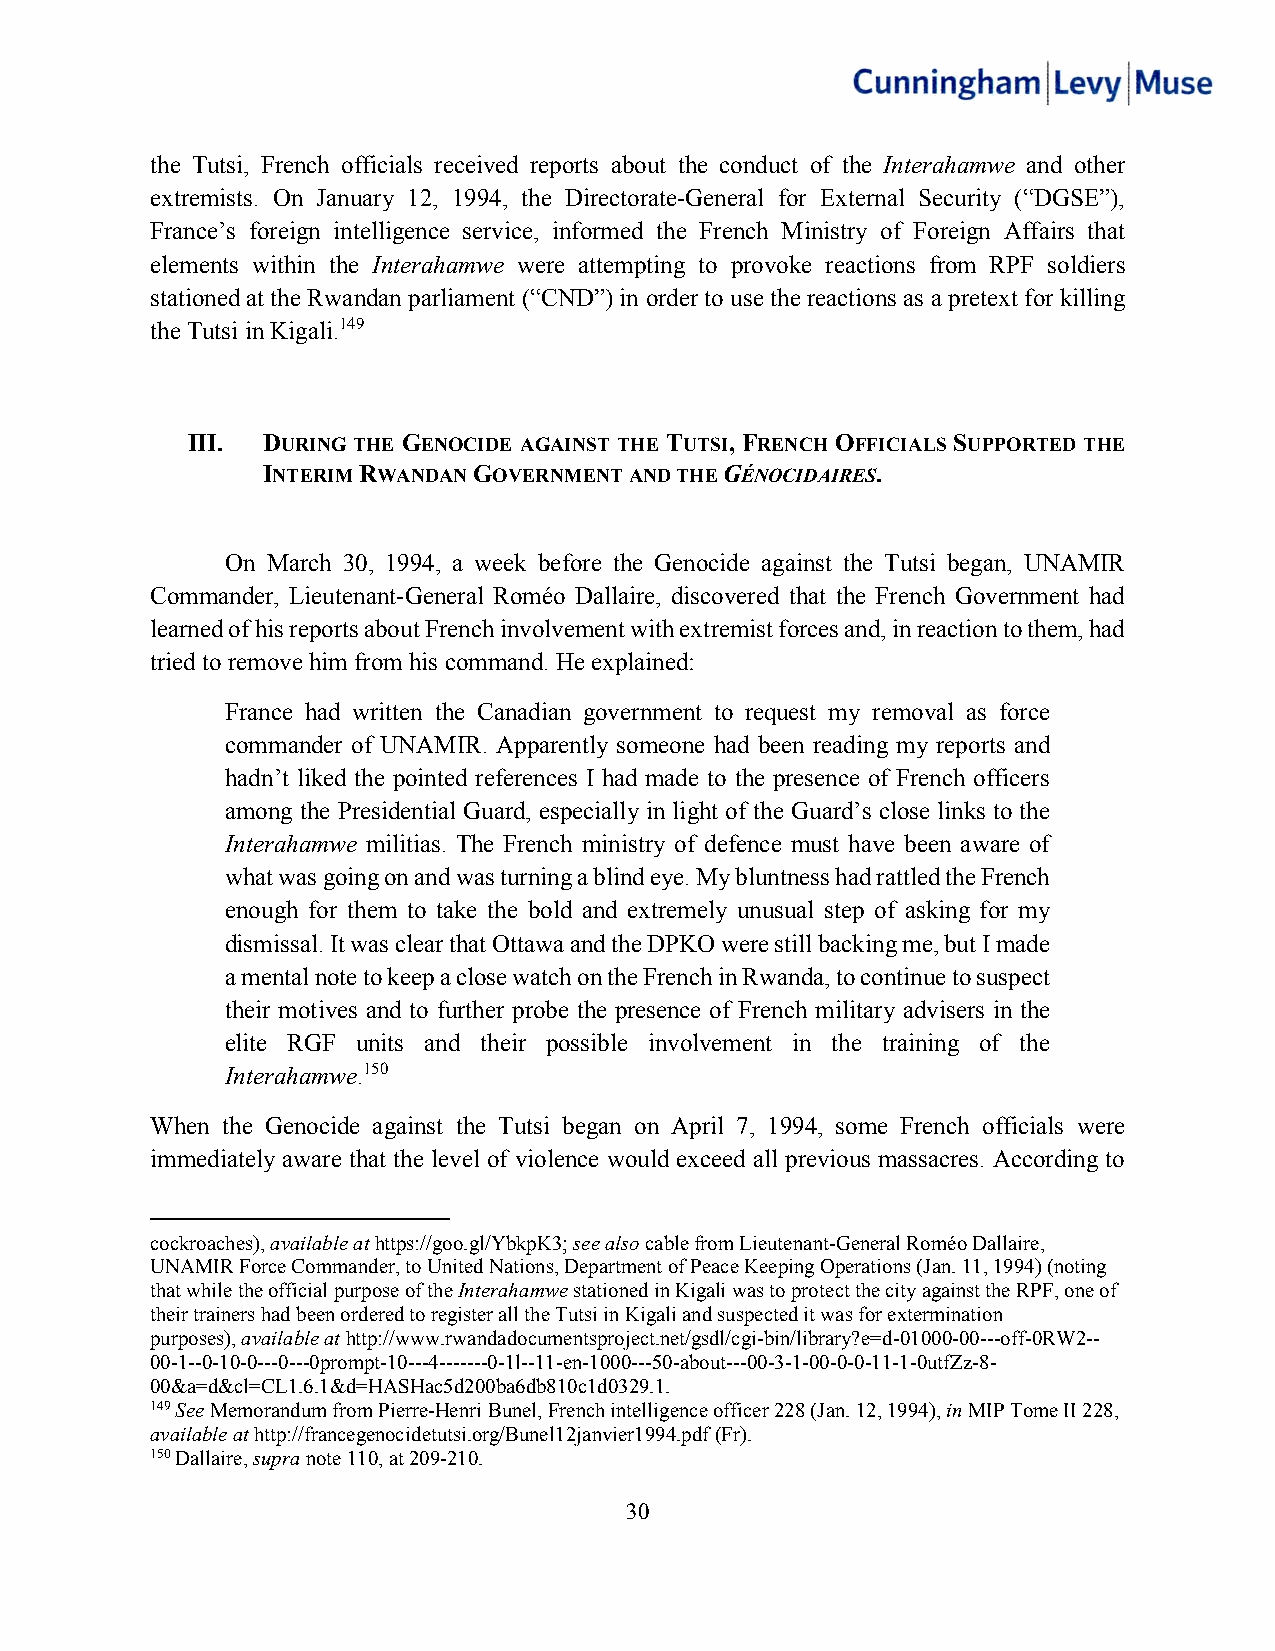
the Tutsi, French officials received reports about the conduct of the Interahamwe and other
 extremists. On January 12, 1994, the Directorate-General for External Security (“DGSE”),
 France’s foreign intelligence service, informed the French Ministry of Foreign Affairs that
 elements within the Interahamwe were attempting to provoke reactions from RPF soldiers
 stationed at the Rwandan parliament (“CND”) in order to use the reactions as a pretext for killing
 the Tutsi in Kigali.149
 III. DURING THE GENOCIDE AGAINST THE TUTSI, FRENCH OFFICIALS SUPPORTED THE
 INTERIM RWANDAN GOVERNMENT AND THE GÉNOCIDAIRES.
 On March 30, 1994, a week before the Genocide against the Tutsi began, UNAMIR
 Commander, Lieutenant-General Roméo Dallaire, discovered that the French Government had
 learned of his reports about French involvement with extremist forces and, in reaction to them, had
 tried to remove him from his command. He explained:
 France had written the Canadian government to request my removal as force
 commander of UNAMIR. Apparently someone had been reading my reports and
 hadn’t liked the pointed references I had made to the presence of French officers
 among the Presidential Guard, especially in light of the Guard’s close links to the
 Interahamwe militias. The French ministry of defence must have been aware of
 what was going on and was turning a blind eye. My bluntness had rattled the French
 enough for them to take the bold and extremely unusual step of asking for my
 dismissal. It was clear that Ottawa and the DPKO were still backing me, but I made
 a mental note to keep a close watch on the French in Rwanda, to continue to suspect
 their motives and to further probe the presence of French military advisers in the
 elite RGF units and their possible involvement in the training of the
 Interahamwe.150
 When the Genocide against the Tutsi began on April 7, 1994, some French officials were
 immediately aware that the level of violence would exceed all previous massacres. According to
 cockroaches), available at https://goo.gl/YbkpK3; see also cable from Lieutenant-General Roméo Dallaire,
 UNAMIR Force Commander, to United Nations, Department of Peace Keeping Operations (Jan. 11, 1994) (noting
 that while the official purpose of the Interahamwe stationed in Kigali was to protect the city against the RPF, one of
 their trainers had been ordered to register all the Tutsi in Kigali and suspected it was for extermination
 purposes), available at http://www.rwandadocumentsproject.net/gsdl/cgi-bin/library?e=d-01000-00---off-0RW2--
 00-1--0-10-0---0---0prompt-10---4-------0-1l--11-en-1000---50-about---00-3-1-00-0-0-11-1-0utfZz-8-
 00&a=d&cl=CL1.6.1&d=HASHac5d200ba6db810c1d0329.1.
 149 See Memorandum from Pierre-Henri Bunel, French intelligence officer 228 (Jan. 12, 1994), in MIP Tome II 228,
 available at http://francegenocidetutsi.org/Bunel12janvier1994.pdf (Fr).
 150 Dallaire, supra note 110, at 209-210.
 30